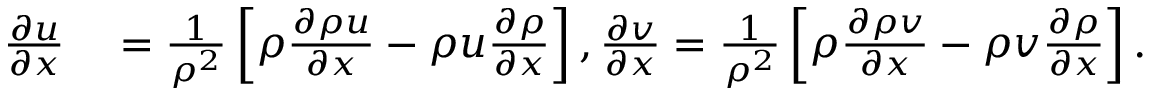
\begin{array} { r l } { \frac { \partial u } { \partial x } } & { { } = \frac { 1 } { { \rho } ^ { 2 } } \left[ { \rho } \frac { \partial \rho u } { \partial x } - { \rho } { u } \frac { \partial \rho } { \partial x } \right] , \frac { \partial v } { \partial x } = \frac { 1 } { { \rho } ^ { 2 } } \left[ { \rho } \frac { \partial \rho v } { \partial x } - { \rho } { v } \frac { \partial \rho } { \partial x } \right] . } \end{array}